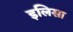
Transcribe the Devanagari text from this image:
इलिसा